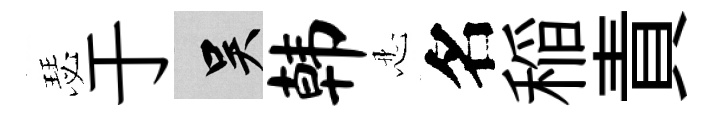
瑟于吴韩忍名稲責